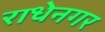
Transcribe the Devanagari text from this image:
राधेनगर